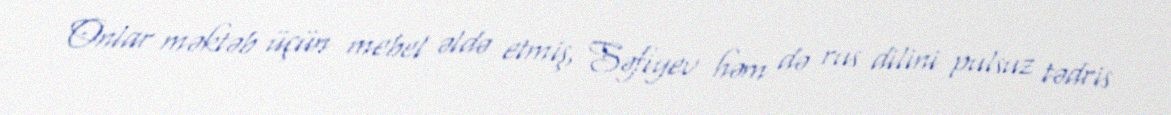
Onlar məktəb üçün mebel əldə etmiş, Səfiyev həm də rus dilini pulsuz tədris